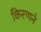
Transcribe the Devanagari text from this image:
किरणने